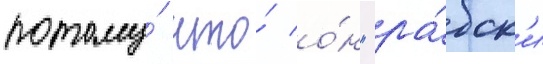
потому́ что́ о́н "ра́бск'и